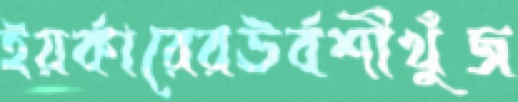
ইয়র্কারেরঊর্বশীখুঁজ